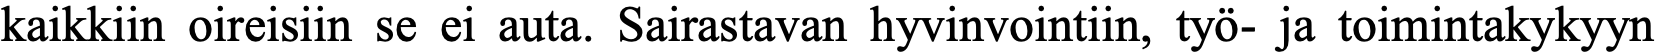
kaikkiin oireisiin se ei auta. Sairastavan hyvinvointiin, työ- ja toimintakykyyn